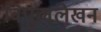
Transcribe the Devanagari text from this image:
विपुललेखन